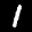
Label: 1